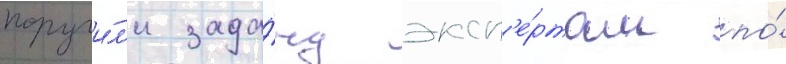
поручи́л'и зада́чу эксп'е́ртам по́